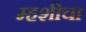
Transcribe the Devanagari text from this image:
म्हशीचा